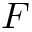
F